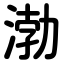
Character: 渤